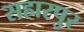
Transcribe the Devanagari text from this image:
सहारपुर